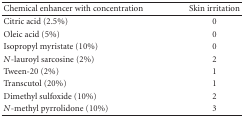
<table><thead><tr><td><b>Chemical enhancer with concentration</b></td><td><b>Skin irritation</b></td></tr></thead><tbody><tr><td>Citric acid (2.5%) </td><td>0 </td></tr><tr><td>Oleic acid (5%) </td><td>0 </td></tr><tr><td>Isopropyl myristate (10%) </td><td>0 </td></tr><tr><td><i>N</i>-lauroyl sarcosine (2%) </td><td>2 </td></tr><tr><td>Tween-20 (2%) </td><td>1 </td></tr><tr><td>Transcutol (20%) </td><td>1 </td></tr><tr><td>Dimethyl sulfoxide (10%) </td><td>2 </td></tr><tr><td><i>N</i>-methyl pyrrolidone (10%)</td><td>3 </td></tr></tbody></table>